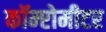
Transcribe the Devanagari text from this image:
कॉम्प्टोमीटर